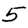
Digit: 5